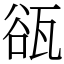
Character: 𤭏